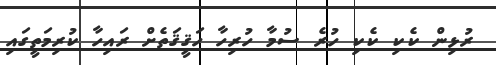
ރުޅިން ކެކި ކެކި ހުރެ ސުމާ ހުރިހާ ހަޤީޤަތެށް ރައިހާ ކުރިމަތީގައި